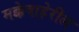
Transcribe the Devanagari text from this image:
मक्केबाहेरील